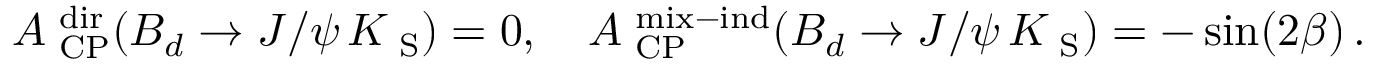
{ \cal A } _ { \mathrm { { \scriptsize ~ C P } } } ^ { \mathrm { { \scriptsize ~ d i r } } } ( B _ { d } \to J / \psi \, K _ { \mathrm { { \scriptsize ~ S } } } ) = 0 , \quad { \cal A } _ { \mathrm { { \scriptsize ~ C P } } } ^ { \mathrm { { \scriptsize ~ m i x - i n d } } } ( B _ { d } \to J / \psi \, K _ { \mathrm { { \scriptsize ~ S } } } ) = - \sin ( 2 \beta ) \, .